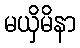
မယှိမိနာ